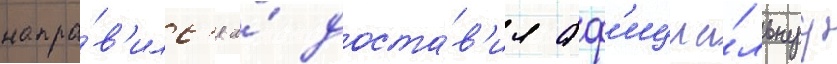
напра́в'илс'я и́ доста́в'ил оф'ициа́льнуу